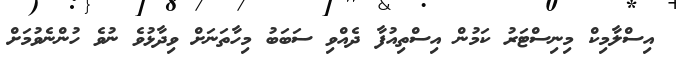
އިސްލާމިކް މިނިސްޓަރު ކަމުން އިސްތިއުފާ ދެއްވި ސަބަބު މިހާތަނަށް ވިދާޅުވެ ނުވެ ހުންނެވުމަށް